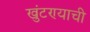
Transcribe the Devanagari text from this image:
खुंटण्याची